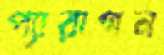
প্যারাগন